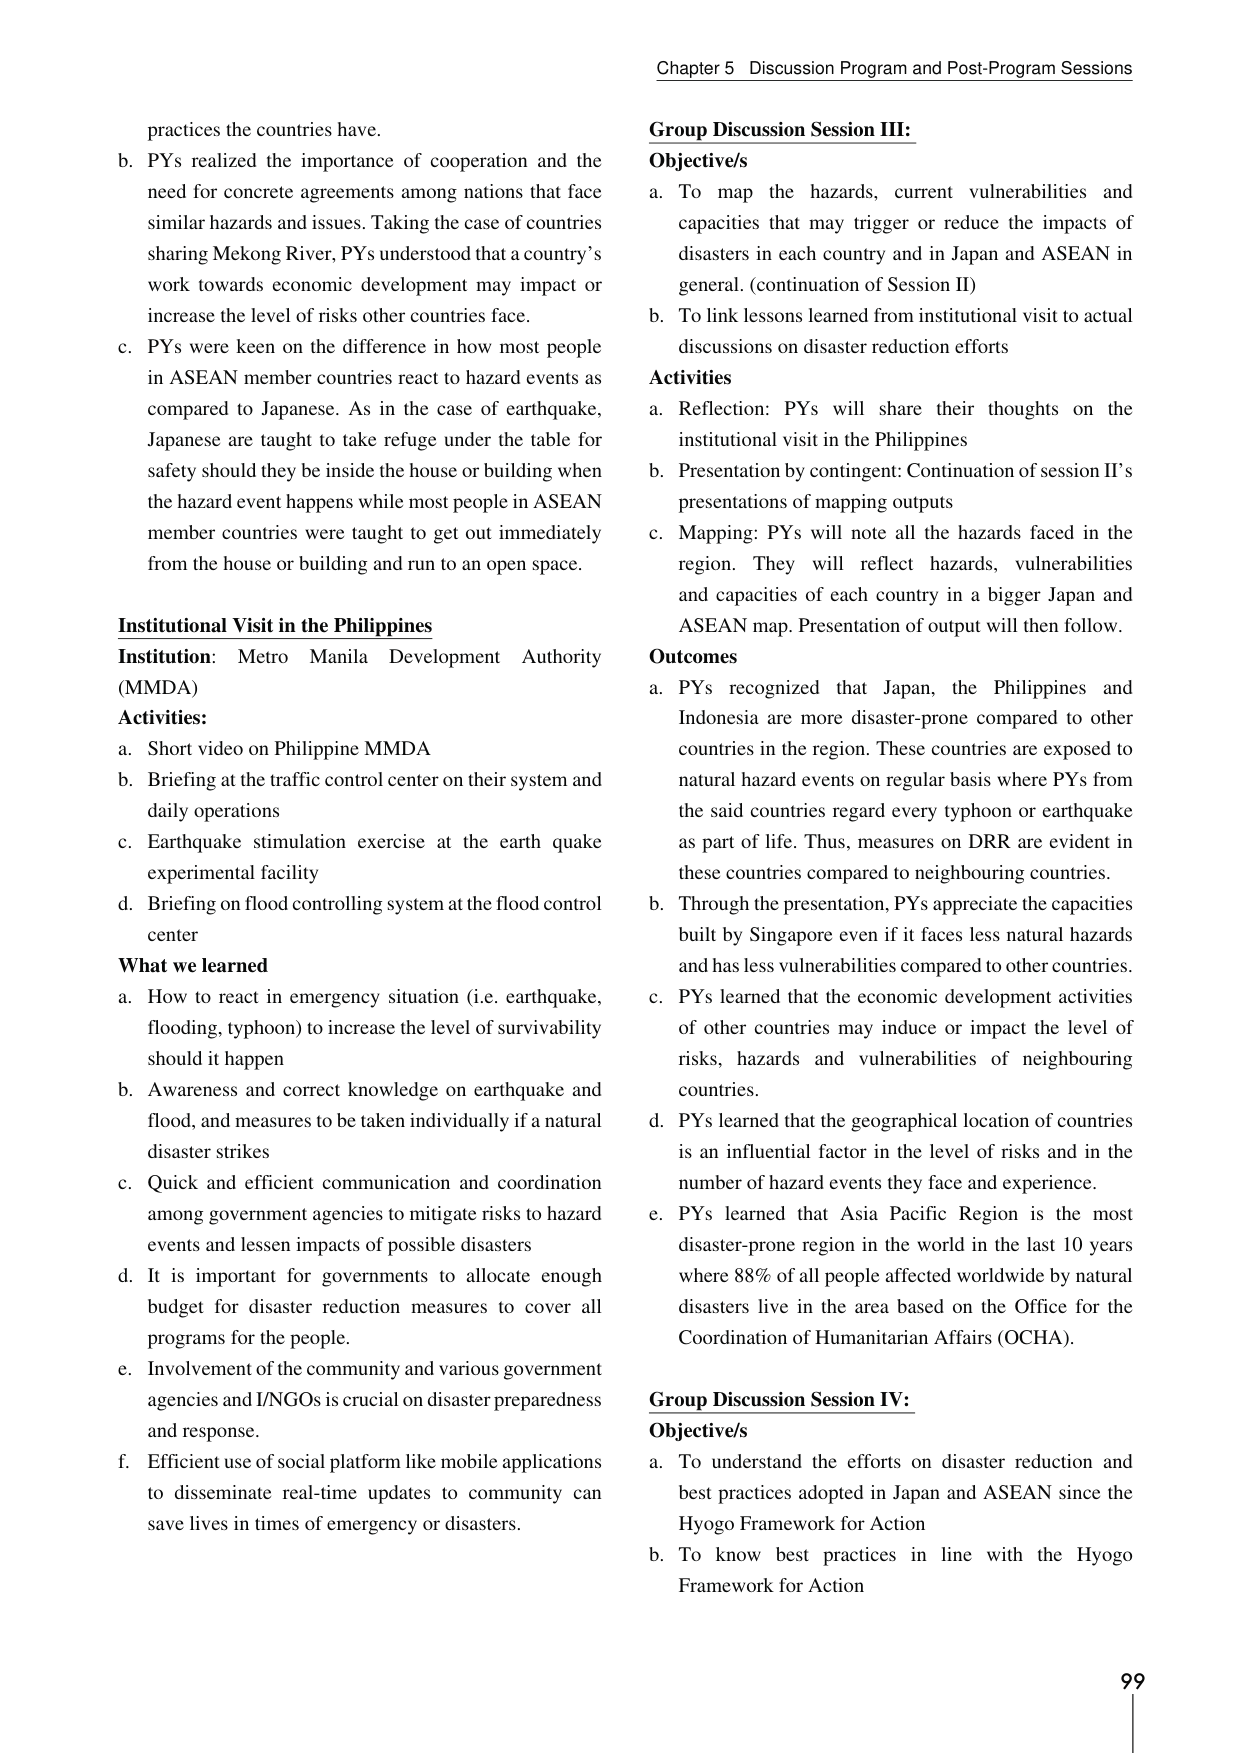
Chapter 5 Discussion Program and Post-Program Sessions

practices the countries have.
b. PYs realized the importance of cooperation and the need for concrete agreements among nations that face similar hazards and issues. Taking the case of countries sharing Mekong River, PYs understood that a country’s work towards economic development may impact or increase the level of risks other countries face.
c. PYs were keen on the difference in how most people in ASEAN member countries react to hazard events as compared to Japanese. As in the case of earthquake, Japanese are taught to take refuge under the table for safety should they be inside the house or building when the hazard event happens while most people in ASEAN member countries were taught to get out immediately from the house or building and run to an open space.

Institutional Visit in the Philippines
Institution: Metro Manila Development Authority (MMDA)
Activities:
a. Short video on Philippine MMDA
b. Briefing at the traffic control center on their system and daily operations
c. Earthquake stimulation exercise at the earth quake experimental facility
d. Briefing on flood controlling system at the flood control center
What we learned
a. How to react in emergency situation (i.e. earthquake, flooding, typhoon) to increase the level of survivability should it happen
b. Awareness and correct knowledge on earthquake and flood, and measures to be taken individually if a natural disaster strikes
c. Quick and efficient communication and coordination among government agencies to mitigate risks to hazard events and lessen impacts of possible disasters
d. It is important for governments to allocate enough budget for disaster reduction measures to cover all programs for the people.
e. Involvement of the community and various government agencies and INGOs is crucial on disaster preparedness and response.
f. Efficient use of social platform like mobile applications to disseminate real-time updates to community can save lives in times of emergency or disasters.

Group Discussion Session III:
Objective/s
a. To map the hazards, current vulnerabilities and capacities that may trigger or reduce the impacts of disasters in each country and in Japan and ASEAN in general. (continuation of Session II)
b. To link lessons learned from institutional visit to actual discussions on disaster reduction efforts
Activities
a. Reflection: PYs will share their thoughts on the institutional visit in the Philippines
b. Presentation by contingent: Continuation of session II’s presentations of mapping outputs
c. Mapping: PYs will note all the hazards faced in the region. They will reflect hazards, vulnerabilities and capacities of each country in a bigger Japan and ASEAN map. Presentation of output will then follow.
Outcomes
a. PYs recognized that Japan, the Philippines and Indonesia are more disaster-prone compared to other countries in the region. These countries are exposed to natural hazard events on regular basis where PYs from the said countries regard every typhoon or earthquake as part of life. Thus, measures on DRR are evident in these countries compared to neighbouring countries.
b. Through the presentation, PYs appreciate the capacities built by Singapore even if it faces less natural hazards and has less vulnerabilities compared to other countries.
c. PYs learned that the economic development activities of other countries may induce or impact the level of risks, hazards and vulnerabilities of neighbouring countries.
d. PYs learned that the geographical location of countries is an influential factor in the level of risks and in the number of hazard events they face and experience.
e. PYs learned that Asia Pacific Region is the most disaster-prone region in the world in the last 10 years where 88% of all people affected worldwide by natural disasters live in the area based on the Office for the Coordination of Humanitarian Affairs (OCHA).

Group Discussion Session IV:
Objective/s
a. To understand the efforts on disaster reduction and best practices adopted in Japan and ASEAN since the Hyogo Framework for Action
b. To know best practices in line with the Hyogo Framework for Action

99